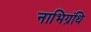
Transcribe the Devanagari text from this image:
नाभिग्रंथि